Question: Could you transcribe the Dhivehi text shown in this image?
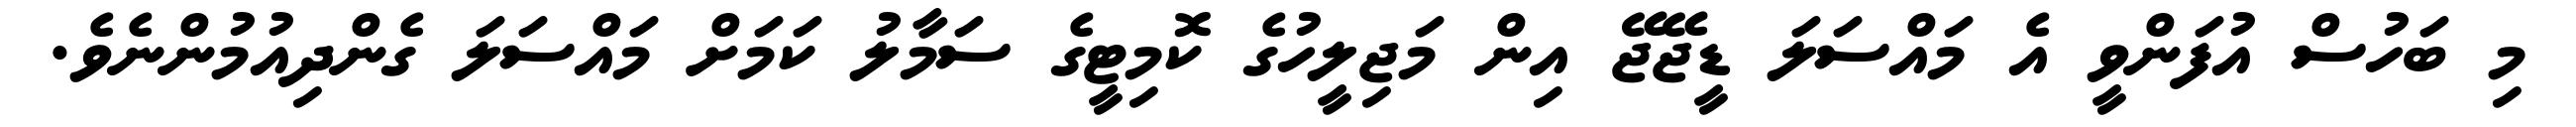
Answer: މި ބަހުސް އުފަންވީ އެ މައްސަލަ ޑީޖޭޖޭ އިން މަޖިލީހުގެ ކޮމިޓީގެ ސަމާލު ކަމަށް މައްސަލަ ގެންދިއުމުންނެވެ.